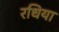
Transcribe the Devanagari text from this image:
रधिया